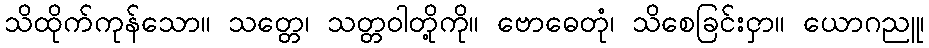
သိထိုက်ကုန်သော။ သတ္တေ၊ သတ္တဝါတို့ကို။ ဗောဓေတုံ၊ သိစေခြင်းငှာ။ ယောဂညူ၊